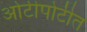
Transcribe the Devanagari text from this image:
ओटीपोटीत